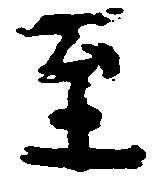
至